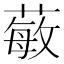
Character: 𱾗